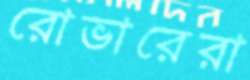
রোভারেরা